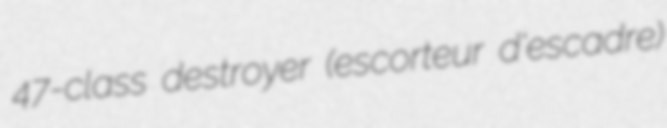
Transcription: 47-class destroyer (escorteur d'escadre)